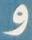
و